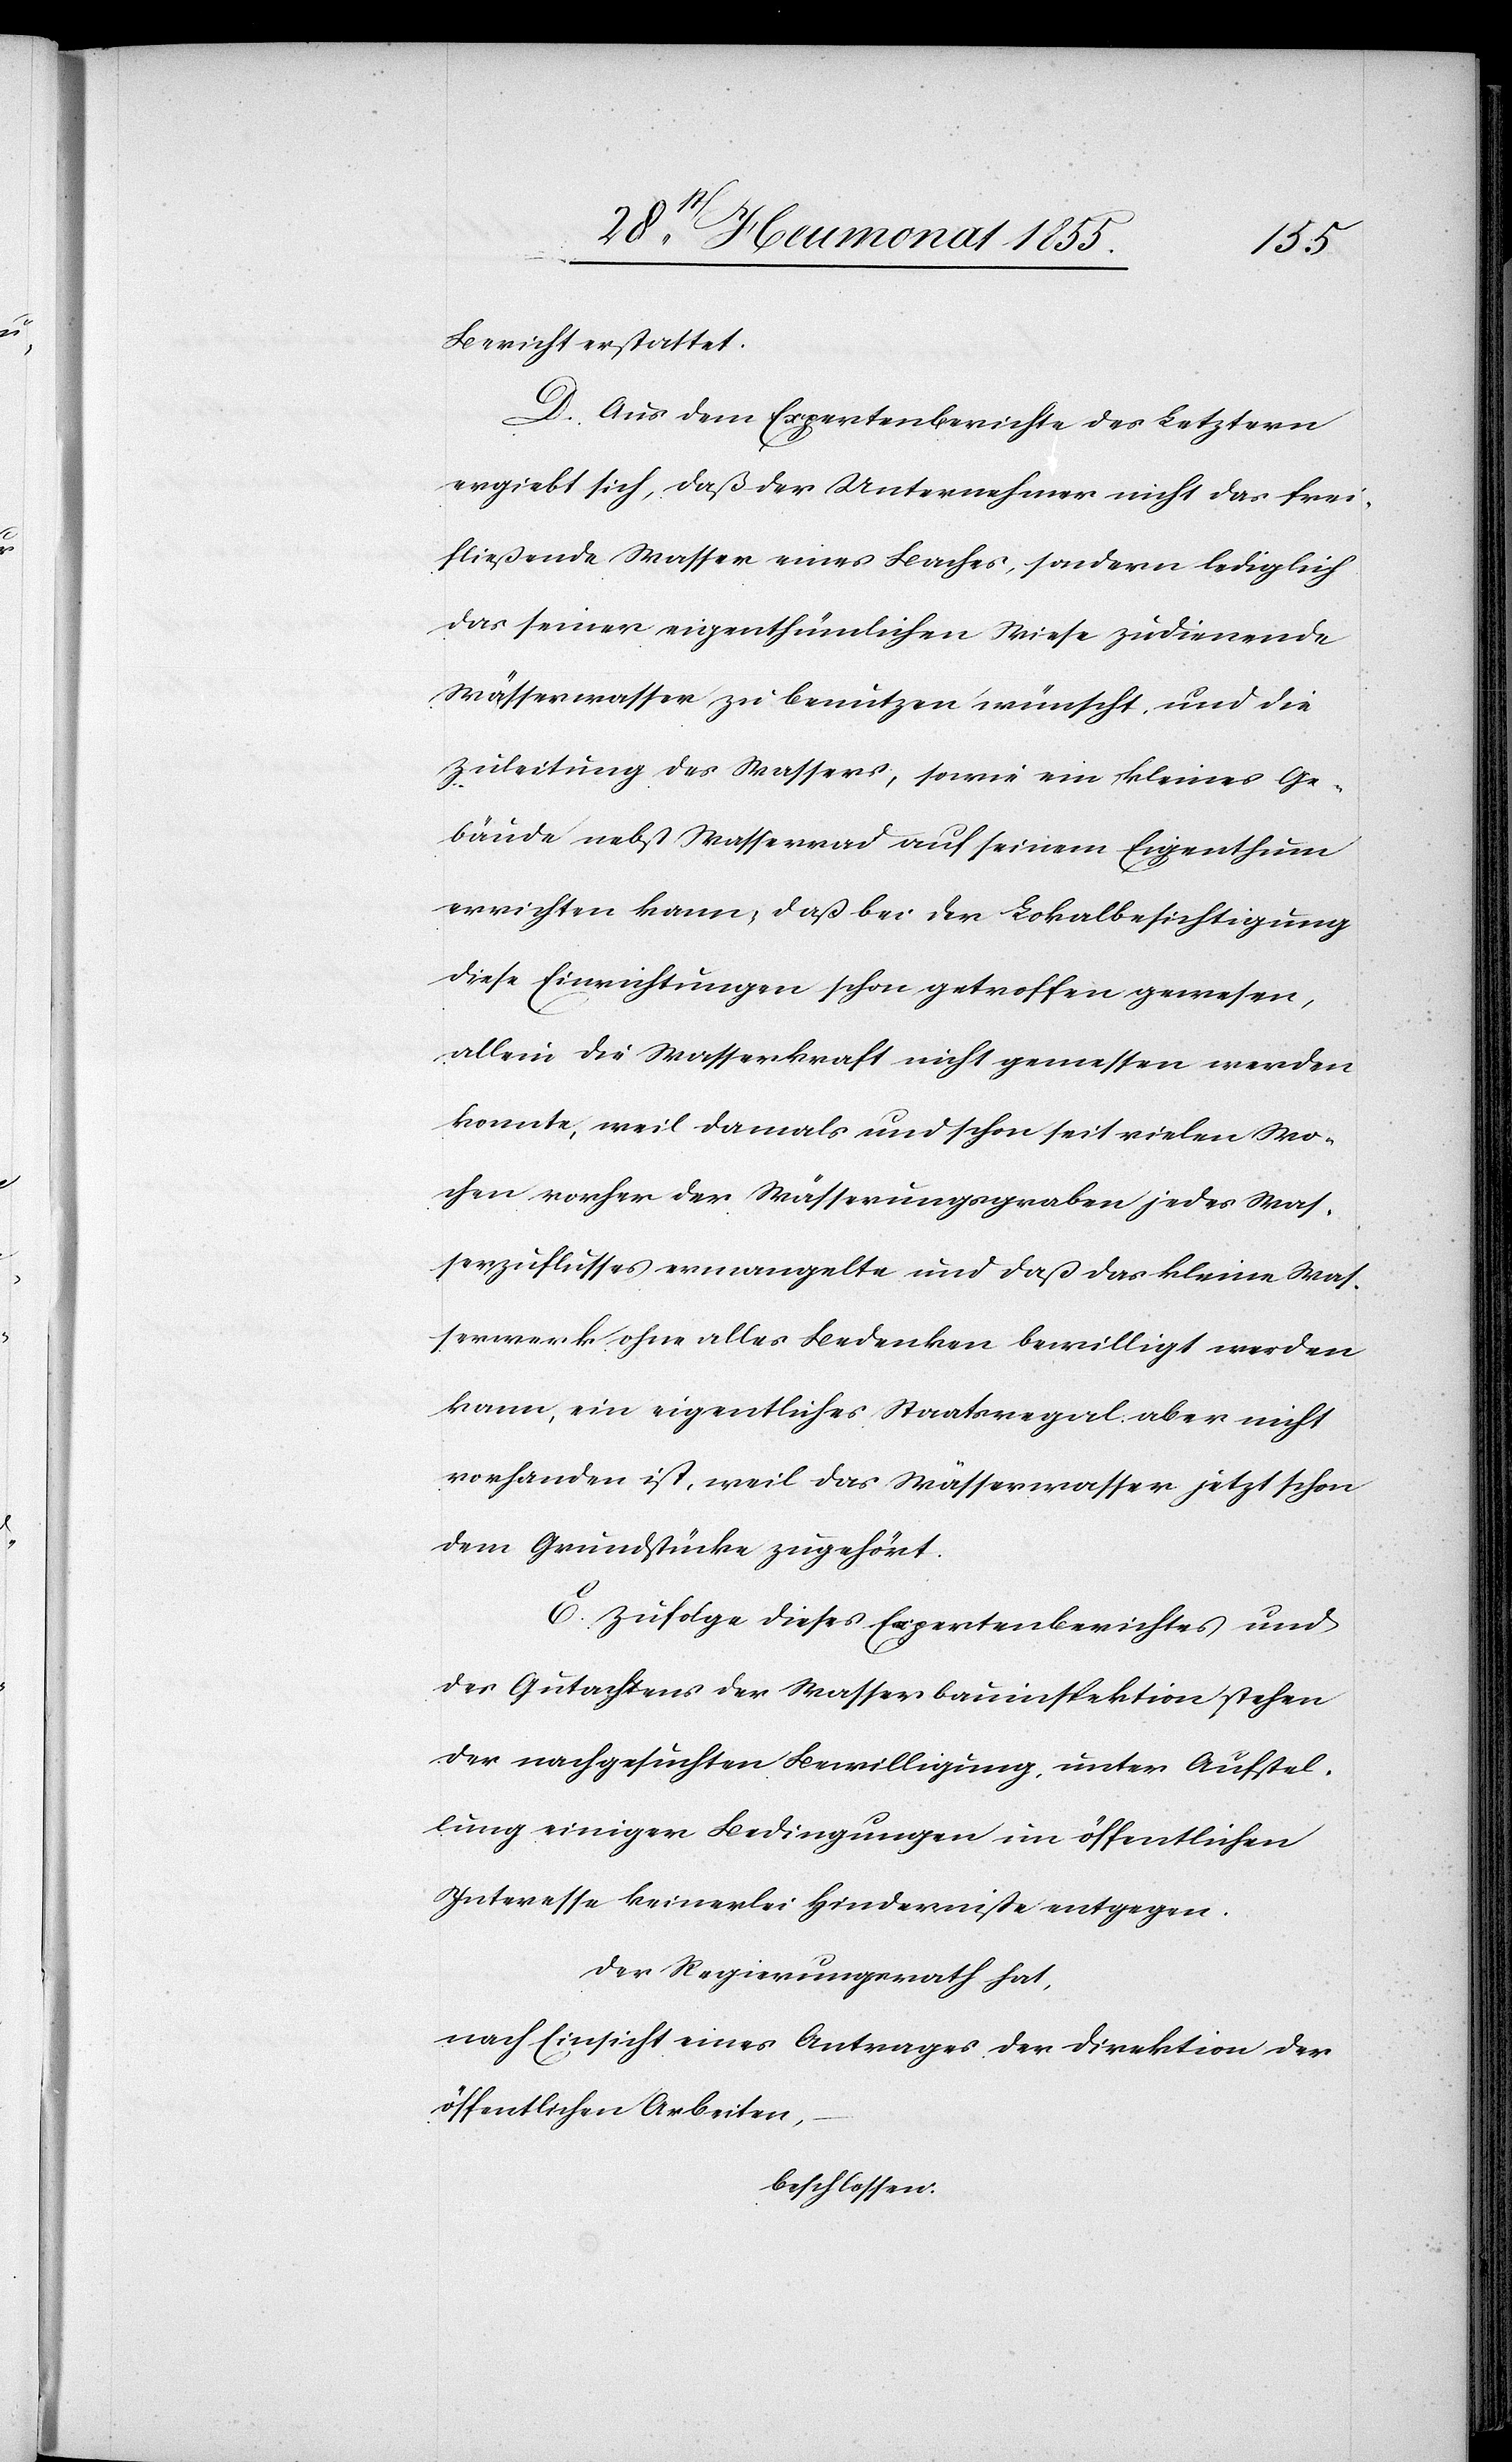
Bericht erstattet.
D. Aus dem Expertenberichte des Letztern
ergiebt sich, daß der Unternehmer nicht das frei¬
fließende Wasser eines Baches, sondern lediglich
das seiner eigenthümlichen Wiese zudienende
Wässerwasser zu benutzen wünscht, und die
Zuleitung des Wassers, sowie ein kleines Ge¬
bäude nebst Wasserrad auf seinem Eigenthum
errichten kann, daß bei der Lokalbesichtigung
diese Einrichtungen schon getroffen gewesen,
allein die Wasserkraft nicht gemessen werden
konnte, weil damals und schon seit vielen Wo¬
chen vorher der Wässerungsgraben jedes Was¬
serzuflusses ermangelte und daß das kleine Was¬
serwerk ohne alles Bedenken bewilligt werden
kann, ein eigentliches Staatsregal aber nicht
vorhanden ist, weil das Wässerwasser jetzt schon
dem Grundstücke zugehört.
E. Zufolge dieses Expertenberichtes und
des Gutachtens der Wasserbauinspektion stehen
der nachgesuchten Bewilligung, unter Aufstel¬
lung einiger Bedingungen im öffentlichen
Interesse keinerlei Hinderniße entgegen.
Der Regierungsrath hat,
nach Einsicht eines Antrages der Direktion der
öffentlichen Arbeiten,
beschlossen: